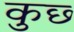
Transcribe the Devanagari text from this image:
कुछ्‍